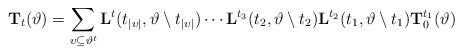
LaTeX: \begin{align*}\mathbf{T}_t(\vartheta)=\sum_{\upsilon\subseteq\vartheta^t}\mathbf{L}^t(t_{|\upsilon|},\vartheta\setminus t_{|\upsilon|})\cdots\mathbf{L}^{t_3}(t_{2},\vartheta\setminus t_{2}) \mathbf{L}^{t_2}(t_{1},\vartheta\setminus t_{1})\mathbf{T}^{t_1}_0(\vartheta)\end{align*}